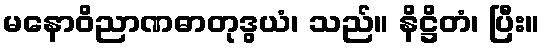
မနောဝိညာဏဓာတုဒွယံ၊ သည်။ နိဋ္ဌိတံ၊ ပြီး။